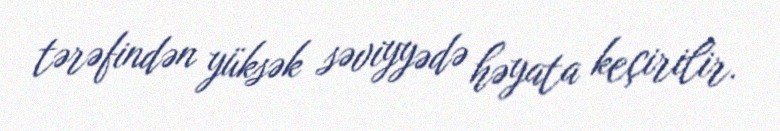
tərəfindən yüksək səviyyədə həyata keçirilir.